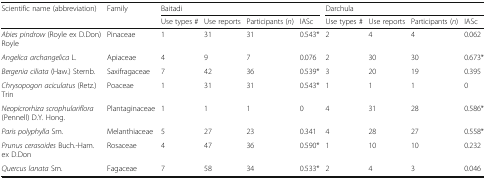
| <ROWSPAN=2> Scientific name (abbreviation) | <ROWSPAN=2> Family | <COLSPAN=4> Baitadi | <COLSPAN=4> Darchula |
 | Use types # | Use reports | Participants (n) | IASc | Use types # | Use reports | Participants (n) | IASc |
 | --- | --- | --- | --- | --- | --- | --- | --- | --- | --- |
 | Abies pindrow (Royle ex D.Don) Royle | Pinaceae | 1 | 31 | 31 | 0.543* | 2 | 4 | 4 | 0.062 |
 | Angelica archangelica L. | Apiaceae | 4 | 9 | 7 | 0.076 | 2 | 30 | 30 | 0.673* |
 | Bergenia ciliata (Haw.) Sternb. | Saxifragaceae | 7 | 42 | 36 | 0.539* | 3 | 20 | 19 | 0.395 |
 | Chrysopogon aciculatus (Retz.) Trin | Poaceae | 1 | 31 | 31 | 0.543* | 1 | 1 | 1 | 0 |
 | Neopicrorhiza scrophulariflora (Pennell) D.Y. Hong. | Plantaginaceae | 1 | 1 | 1 | 0 | 4 | 31 | 28 | 0.586* |
 | Paris polyphylla Sm. | Melanthiaceae | 5 | 27 | 23 | 0.341 | 4 | 28 | 27 | 0.558* |
 | Prunus cerasoides Buch.-Ham. ex D.Don | Rosaceae | 4 | 47 | 36 | 0.590* | 1 | 10 | 10 | 0.232 |
 | Quercus lanata Sm. | Fagaceae | 7 | 58 | 34 | 0.533* | 2 | 4 | 3 | 0.046 |